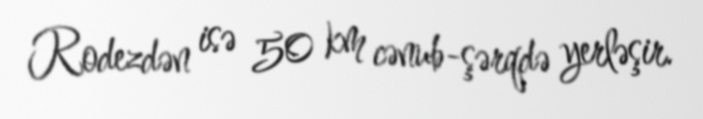
Rodezdən isə 50 km cənub-şərqdə yerləşir.